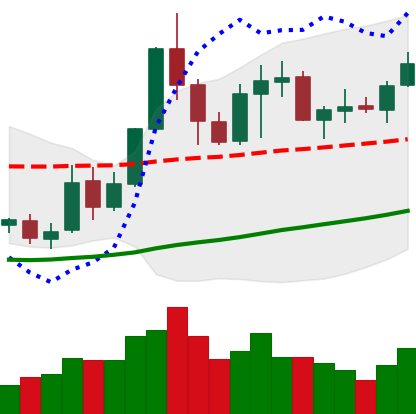
Ticker: NEO-USD
Chart end date: 2019-05-27
Forward return: 9.848%
Label: up_7plus